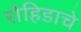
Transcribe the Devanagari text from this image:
रोहिडाचे